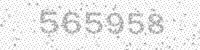
Solution: 565958